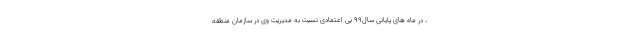
، در ماه های پایانی سال۹۹ بی اعتمادی نسبت به مدیریت وی در سازمان منطقه